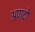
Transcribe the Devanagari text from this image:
अणदो